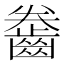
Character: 齤